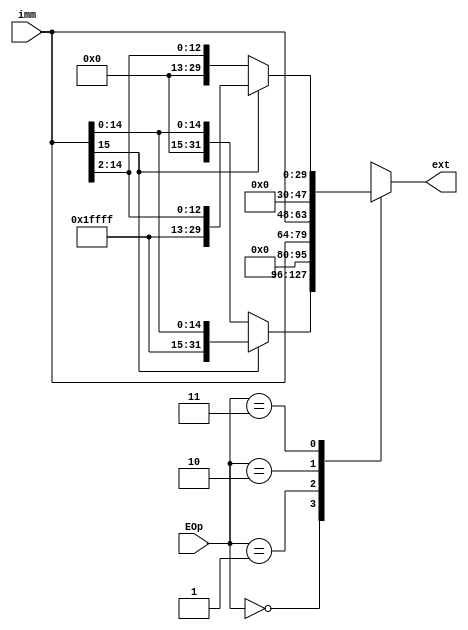
`timescale 1ns / 1ps
//////////////////////////////////////////////////////////////////////////////////
// Company: 
// Engineer: 
// 
// Design Name: 
// Module Name:    ext 
// Project Name: 
// Target Devices: 
// Tool versions: 
// Description: 
//
// Dependencies: 
//
// Revision: 
// Revision 0.01 - File Created
// Additional Comments: 
//
//////////////////////////////////////////////////////////////////////////////////

module ext(
    input [15:0] imm,
    input [1:0] EOp,
    output reg [31:0] ext
    );
always@(*) begin
	case(EOp)
		2'b00 : begin	// signed extend to 32 digits
			if(imm[15]==1) begin
				ext <= {16'hffff,imm};
			end
			else begin
				ext <= {16'h0000,imm};
			end
		end
		2'b01 : begin
			ext <= {16'h0000,imm};
		end
		2'b10 : begin
			ext <= {imm, 16'h0000};
		end
		2'b11 : begin
			if(imm[15]==1) begin
				ext <= {16'hffff,imm}>>2;
			end
			else begin
				ext <= {16'h0000,imm}>>2;
			end
		end
	endcase
end

endmodule